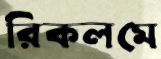
রিকলমে